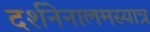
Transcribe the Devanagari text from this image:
दर्शनेनालमस्यात्र